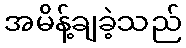
အမိန့်ချခဲ့သည်